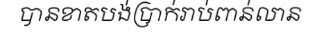
បានខាតបង់ប្រាក់រាប់ពាន់លាន